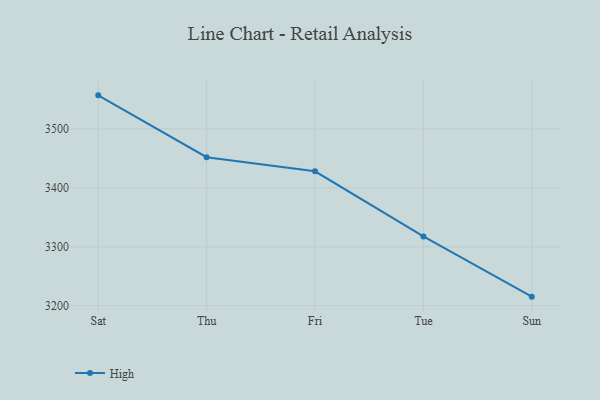
{"axis": {"x": "Day", "y": "Gross Profit (USD K)"}, "legend": ["High"], "data": [{"x": "Sat", "y": 3557.1, "type": "High"}, {"x": "Thu", "y": 3452.1, "type": "High"}, {"x": "Fri", "y": 3428.2, "type": "High"}, {"x": "Tue", "y": 3317.7, "type": "High"}, {"x": "Sun", "y": 3215.4, "type": "High"}]}